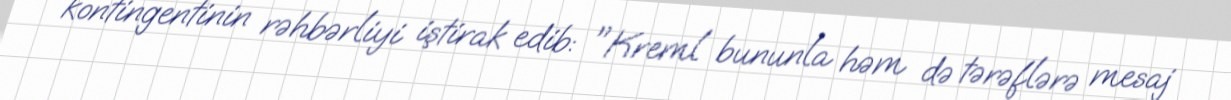
kontingentinin rəhbərliyi iştirak edib: "Kreml bununla həm də tərəflərə mesaj